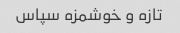
تازه و خوشمزه سپاس